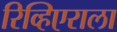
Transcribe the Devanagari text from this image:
रिव्हिएराला